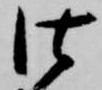
仕